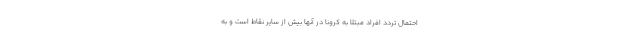
احتمال تردد افراد مبتلا به کرونا در آنها بیش از سایر نقاط است و به